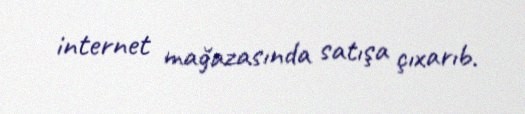
internet mağazasında satışa çıxarıb.